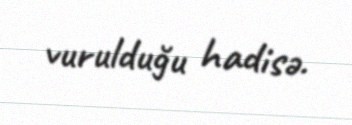
vurulduğu hadisə.